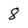
Character: 8